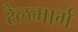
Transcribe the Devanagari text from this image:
रैलमार्ग